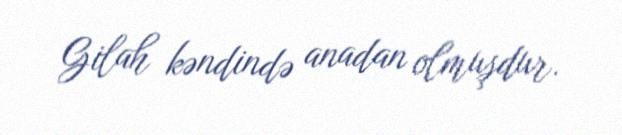
Gilah kəndində anadan olmuşdur.